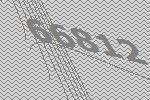
66812